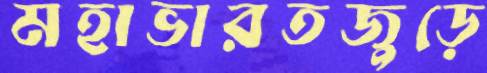
মহাভারতজুড়ে